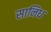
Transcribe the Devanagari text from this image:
सानिध